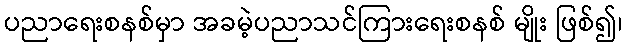
ပညာရေးစနစ်မှာ အခမဲ့ပညာသင်ကြားရေးစနစ် မျိုး ဖြစ်၍၊